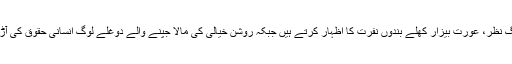
فرق صرف اتنا ہے کہ یہ تنگ نظر، عورت بیزار کھلے بندوں نفرت کا اظہار کرتے ہیں جبکہ روشن خیالی کی مالا جپنے والے دوغلے لوگ انسانی حقوق کی آڑ میں اپنی بھڑاس نکالتے ہیں۔